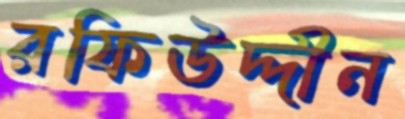
রফিউদ্দীন